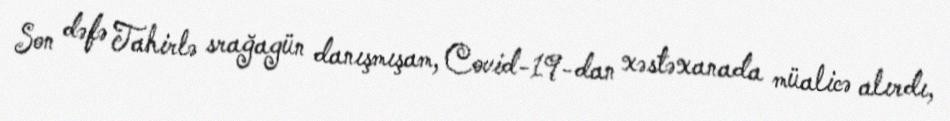
Son dəfə Tahirlə srağagün danışmışam, Covid-19-dan xəstəxanada müalicə alırdı,